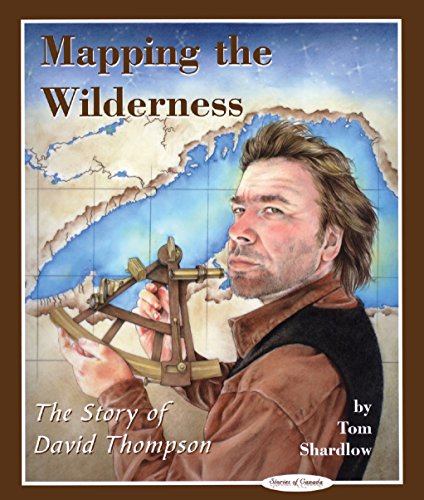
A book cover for Mapping the Wilderness: The Story of David Thompson (Stories of Canada); Tom Shardlow; Children's Books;